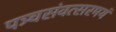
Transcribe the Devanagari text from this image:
पञ्चसंवत्सरमयं